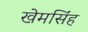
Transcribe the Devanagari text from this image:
खेमसिंह